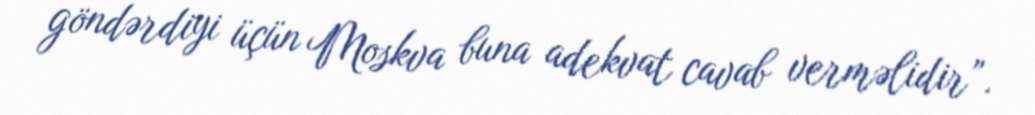
göndərdiyi üçün Moskva buna adekvat cavab verməlidir”.